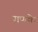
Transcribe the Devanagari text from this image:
गणके